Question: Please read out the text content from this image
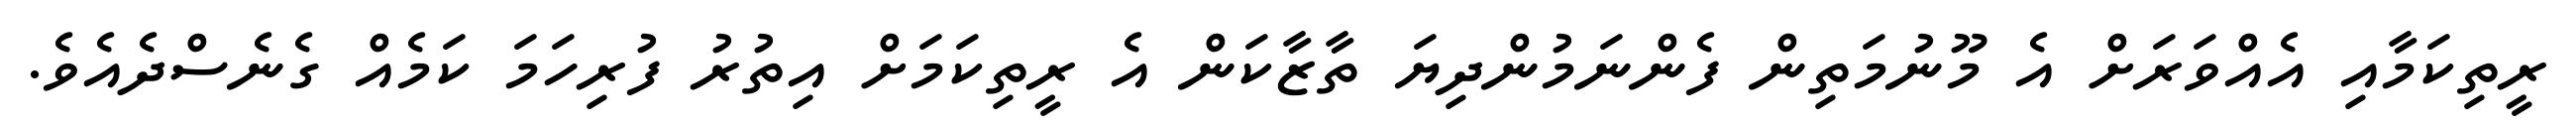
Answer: ރީތިކަމާއި އެއްވަރަށް އެ މޫނުމަތިން ފެންނަމުންދިޔަ ތާޒާކަން އެ ރީތިކަމަށް އިތުރު ފުރިހަމަ ކަމެއް ގެނެސްދެއެވެ.